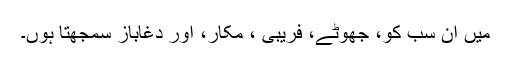
میں ان سب کو، جھوٹے، فریبی ، مکار، اور دغاباز سمجھتا ہوں۔